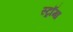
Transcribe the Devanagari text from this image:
स्ट्राॅमा